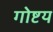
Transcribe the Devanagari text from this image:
गोष्टय